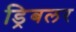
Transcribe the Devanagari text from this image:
ड्रिबलर